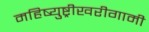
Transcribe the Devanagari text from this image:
महिष्युष्ट्रीखरीगामी